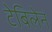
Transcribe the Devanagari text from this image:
टेबिलेन